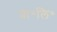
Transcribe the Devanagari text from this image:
प्रा॰लि॰